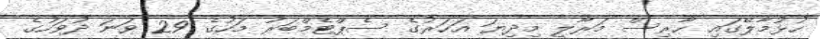
ހުޅުމާލޭގައި ހާރިސް މަރާލީ މިދިޔަ އަހަރުގެ ސެޕްޓެމްބަރު މަހުގެ 29 ވަަނަ ދުވަހުގެ